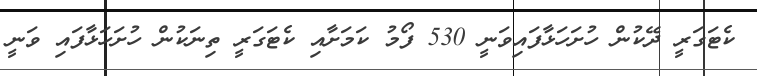
ކެޓަގަރީ ދޭކުން ހުށަހަޅާފައިވަނީ 530 ފޯމު ކަމަަށާއި ކެޓަގަރީ ތިނަކުން ހުށަހަޅާފައި ވަނީ